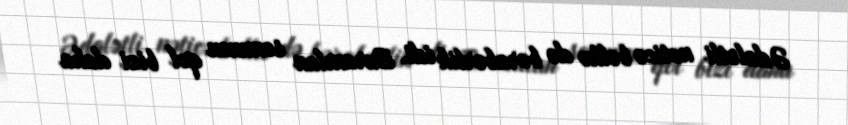
Ədalətli nəticə bəlkə də bərabərlik idi. Buraxılan sonuncu qol bizi daha